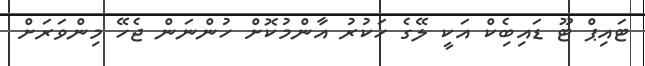
ޓައިޕް ޓޫ ޑައިބެިކް އަކީ ލޭގެ ހަކުރު އާންމުކޮށް ހުންނަން ޖެހޭ މިންވަރަށް